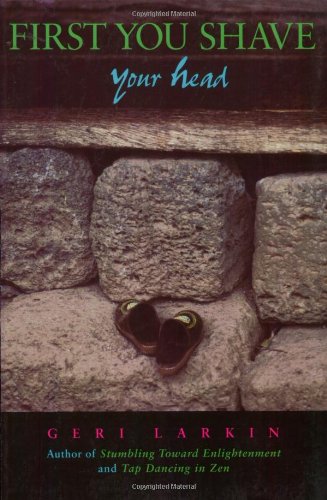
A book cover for First You Shave Your Head; Geri Larkin; Travel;